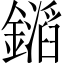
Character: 𨭡